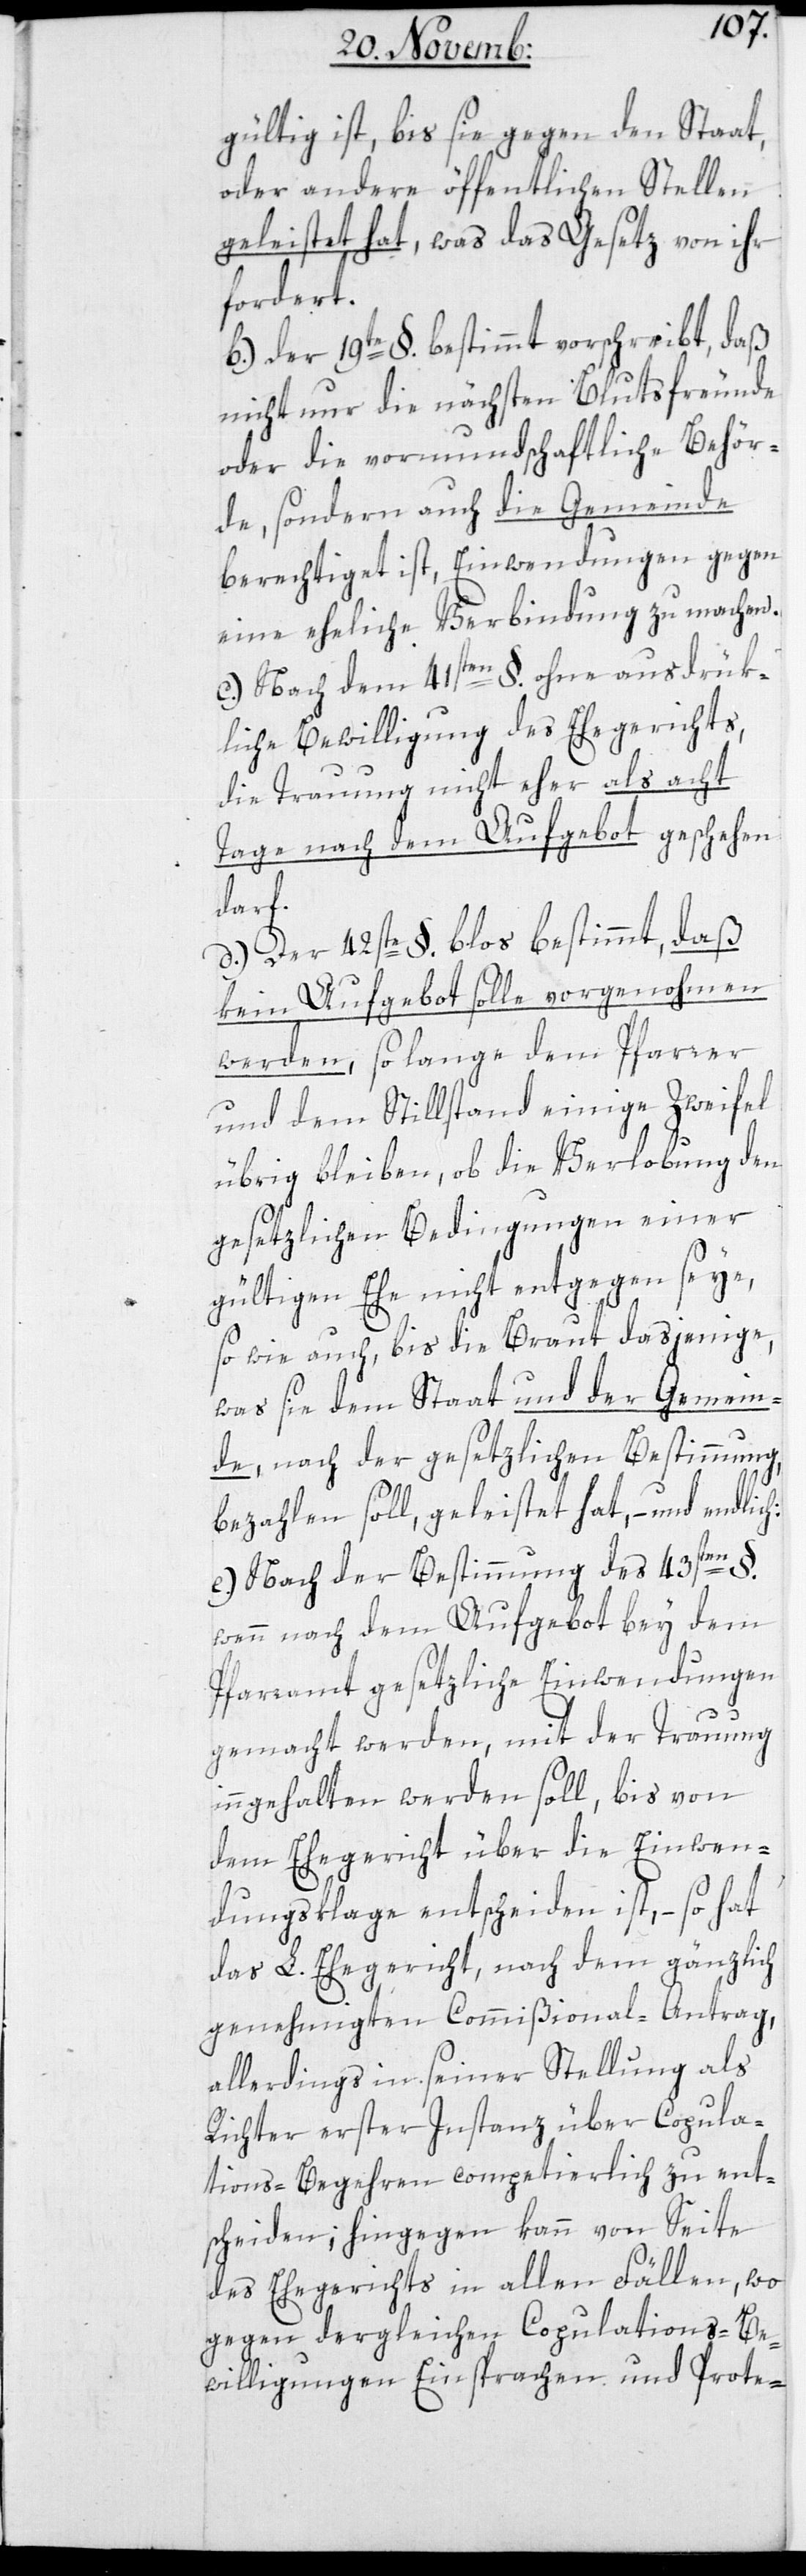
gültig ist, bis sie gegen den Staat
oder andere öffentlichen Stellen
geleistet hat, was das Gesetz von ihr
fordert.
b) Der 19te §. bestimmt vorschreibt, daß
nicht nur die nächsten Blutsfreunde
oder die vormundschaftliche Behör¬
de, sondern auch die Gemeinde
berechtigt ist, Einwendungen gegen
eine eheliche Verbindung zu machen.
c) Nach dem 41sten §. ohne ausdrük¬
liche Bewilligung des Ehegerichts,
die Trauung nicht eher als acht
Tage nach dem Aufgebot geschehen
lich:
d) Der 42ste §. bloß bestimmt, daß
kein Aufgebot solle vorgenohmen
werden, so lange dem Pfarrer
und dem Stillstand einige Zweifel
übrig bleiben, ob die Verlobung den
gesetzlichen Bedingungen einer
gültigen Ehe nicht entgegen seye,
sowie auch, bis die Braut dasjenige,
was sie dem Staat und der Gemein¬
de, nach der gesetzlichen Bestimmung
bezahlen soll, geleistet hat, – und end¬
e) Nach der Bestimmung des 43sten §.
wenn nach dem Aufgebot bey dem
Pfarramt gesetzliche Einwendungen
gemacht werden, mit der Trauung
ingehalten werden soll, bis von
dem Ehegericht über die Einwen¬
dungsklage entscheiden ist, – so hat
das L. Ehegericht , nach dem gänzlich
genehmigten Commißional-Antrag,
allerdings in seiner Stellung als
Richter erster Instanz über Copula¬
tions-Begehren competierlich zu ent¬
scheiden; hingegen kann von Seite
des Ehegerichts in allen Fällen, wo
gegen dergleichen Copulations-Be¬
willigungen Einsprachen und Prote-